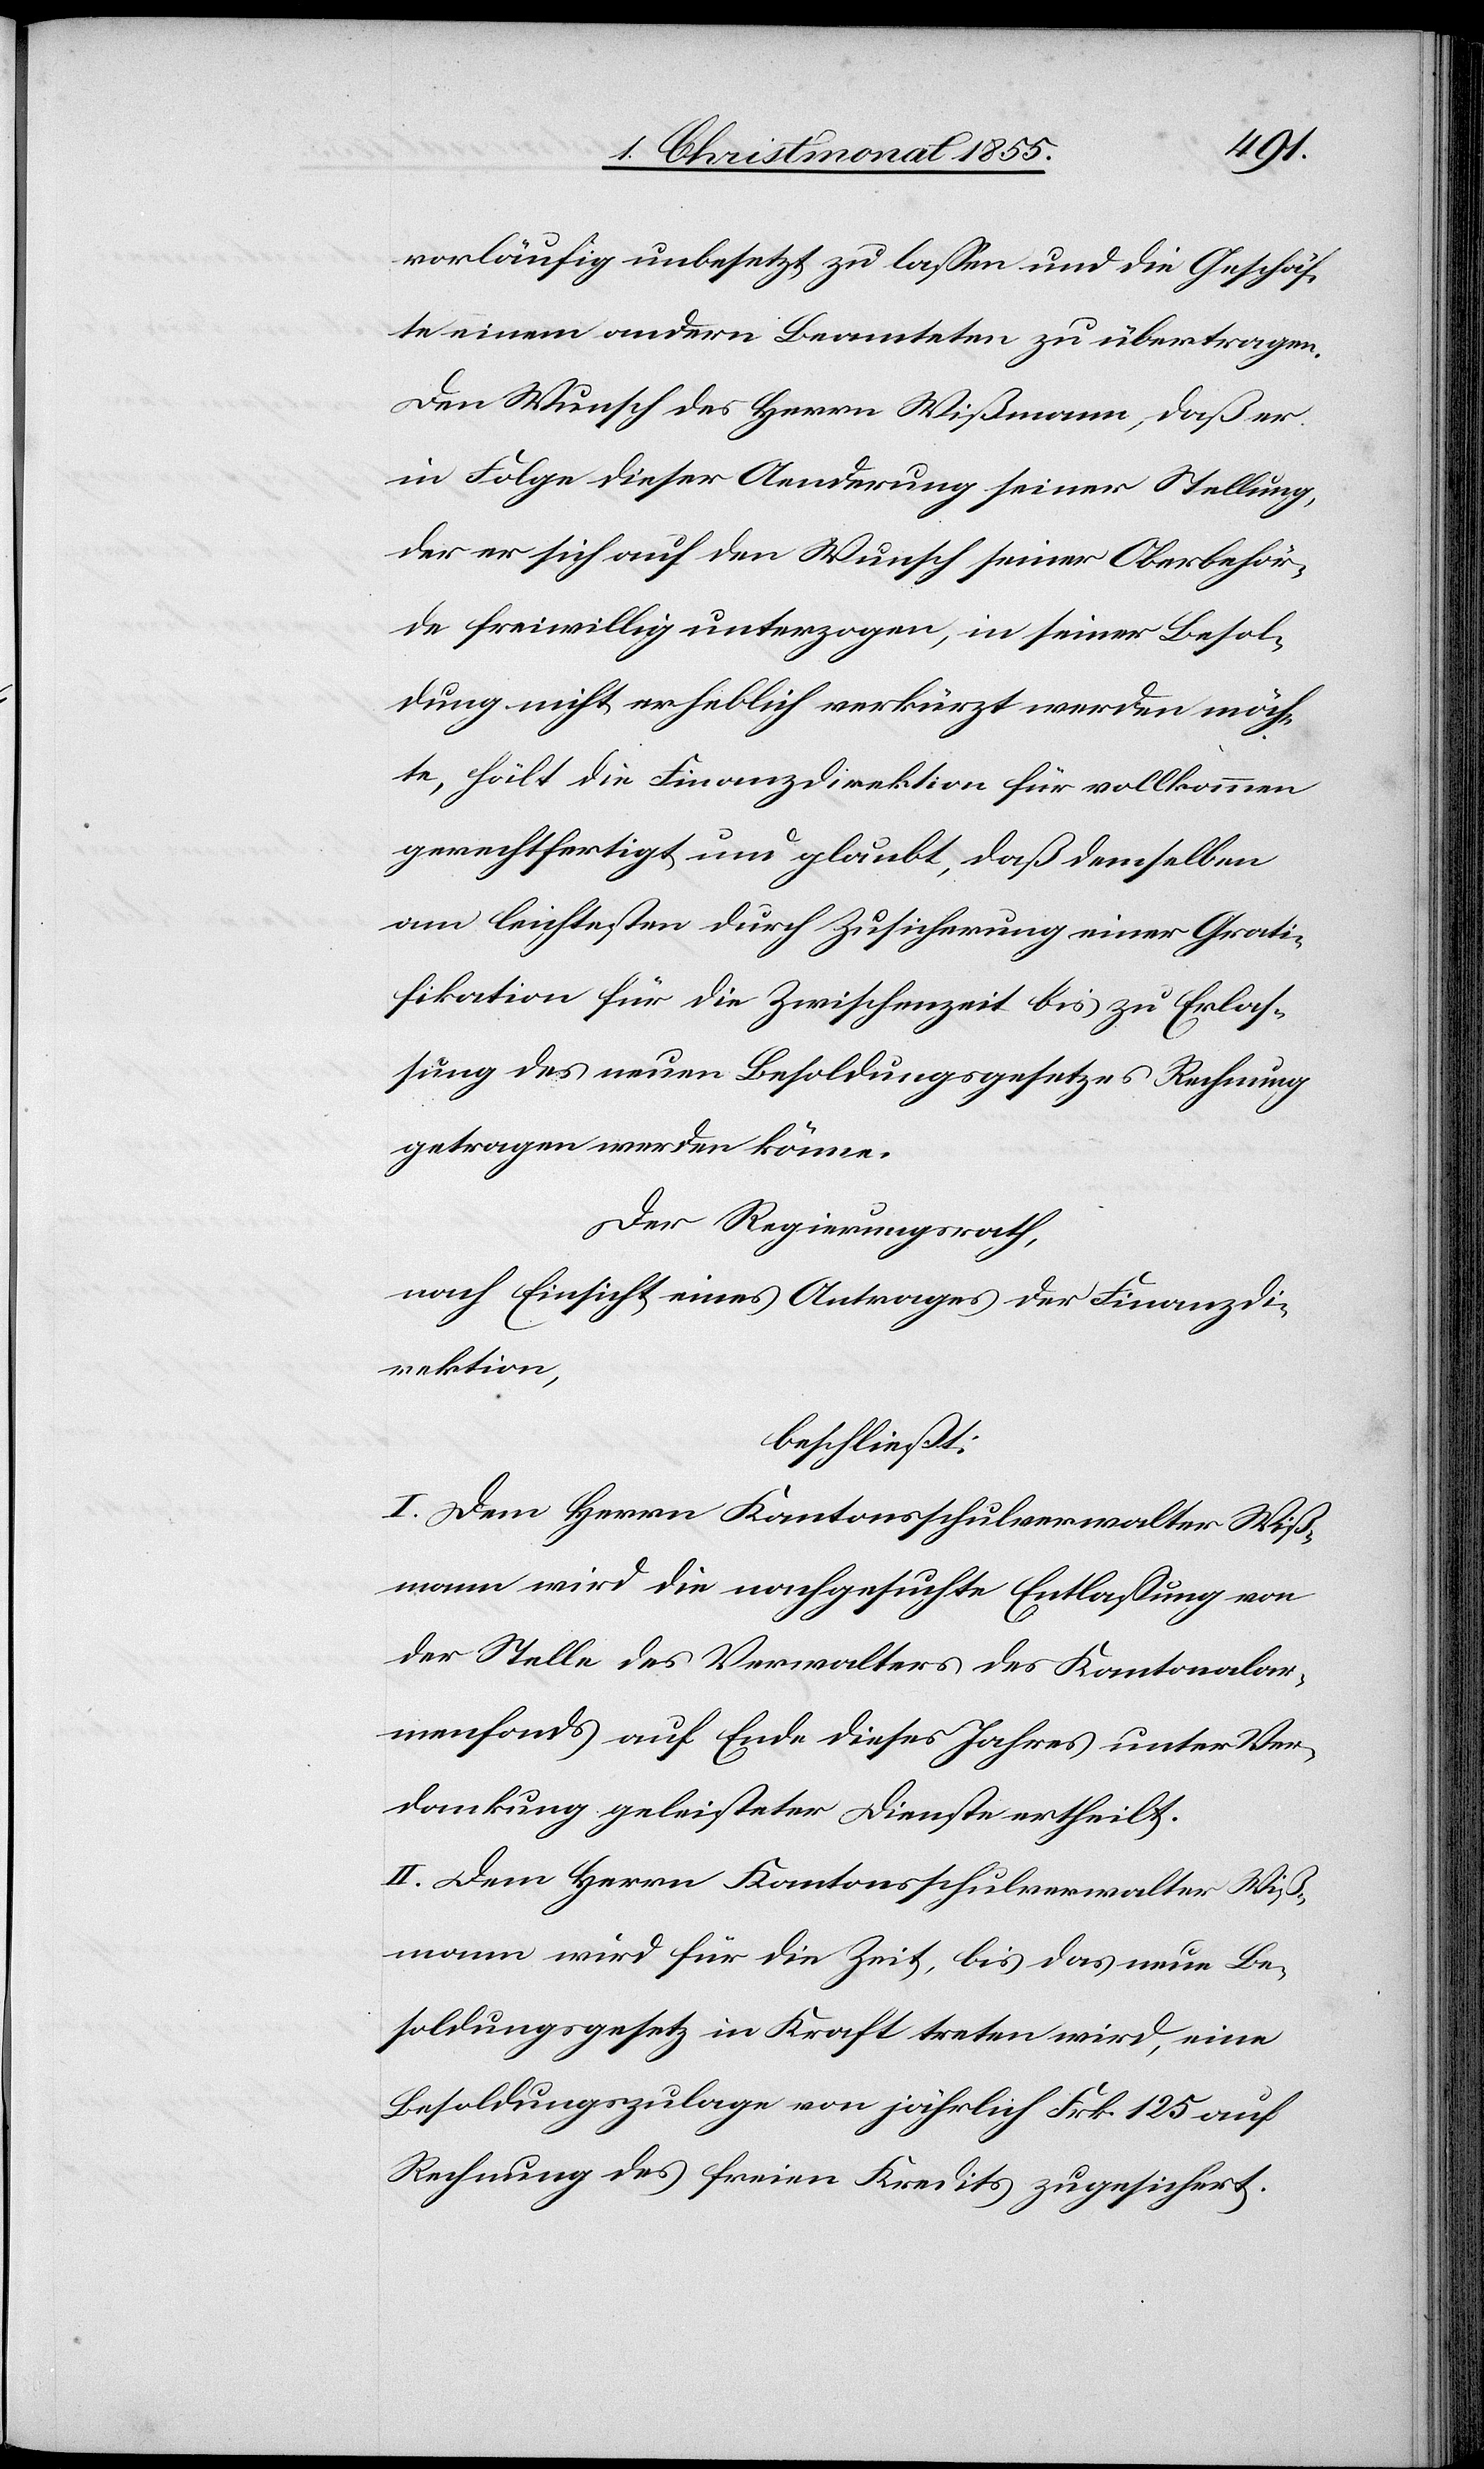
vorläufig unbesetzt zu lassen und die Geschäf¬
te einem andern Beamteten zu übertragen.
Den Wunsch des Herrn Wißmann, daß er
in Folge dieser Aenderung seiner Stellung,
der er sich auf den Wunsch seiner Oberbehör¬
de freiwillig unterzogen, in seiner Besol¬
dung nicht erheblich verkürzt werden möch¬
te, hält die Finanzdirektion für vollkommen
gerechtfertigt und glaubt, daß demselben
am leichtesten durch Zusicherung einer Grati¬
fikation für die Zwischenzeit bis zu Erlas¬
sung des neuen Besoldungsgesetzes Rechnung
getragen werden könne.
Der Regierungsrath,
nach Einsicht eines Antrages der Finanzdi¬
rektion,
beschließt:
I. Dem Herrn Kantonsschulverwalter Wiß¬
mann wird die nachgesuchte Entlassung von
der Stelle des Verwalters des Kantonalar¬
menfonds auf Ende dieses Jahres unter Ver¬
dankung geleisteter Dienste ertheilt.
II. Dem Herrn Kantonsschulverwalter Wiß¬
mann wird für die Zeit, bis das neue Be¬
soldungsgesetz in Kraft treten wird, eine
Besoldungszulage von jährlich Frk. 125 auf
Rechnung des freien Kredits zugesichert.